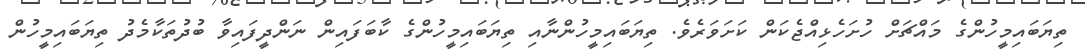
ތިޔަބައިމީހުންގެ މައްޗަށް ހުށަހެޅިއްޖެކަން ކަށަވަރެވެ. ތިޔަބައިމީހުންނާއި ތިޔަބައިމީހުންގެ ކާބަފައިން ނަންދީފައިވާ ބުދުތަކާމެދު ތިޔަބައިމީހުން